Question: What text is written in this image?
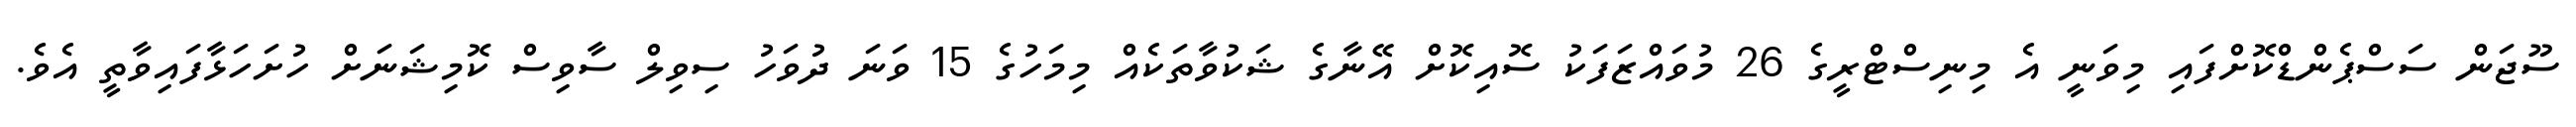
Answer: ސޫޖަން ސަސްޕެންޑްކޮށްފައި މިވަނީ އެ މިނިސްޓްރީގެ 26 މުވައްޒަފަކު ސޮއިކޮށް އޭނާގެ ޝަކުވާތަކެއް މިމަހުގެ 15 ވަނަ ދުވަހު ސިވިލް ސާވިސް ކޮމިޝަނަށް ހުށަހަޅާފައިވާތީ އެވެ.